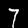
Label: 7